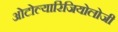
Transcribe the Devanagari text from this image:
ओटोल्यारिंजियोलोजी